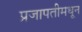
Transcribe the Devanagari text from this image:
प्रजापतीमधून